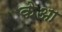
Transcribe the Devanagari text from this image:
केआ